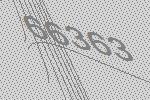
66363